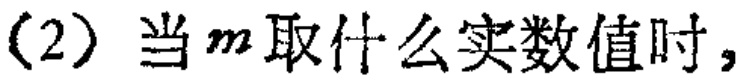
(2) 当\(m\)取什么实数值时，